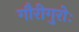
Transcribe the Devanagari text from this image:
गौरीगुरोः